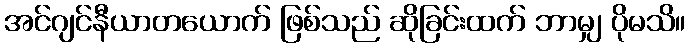
အင်ဂျင်နီယာတယောက် ဖြစ်သည် ဆိုခြင်းထက် ဘာမျှ ပိုမသိ။